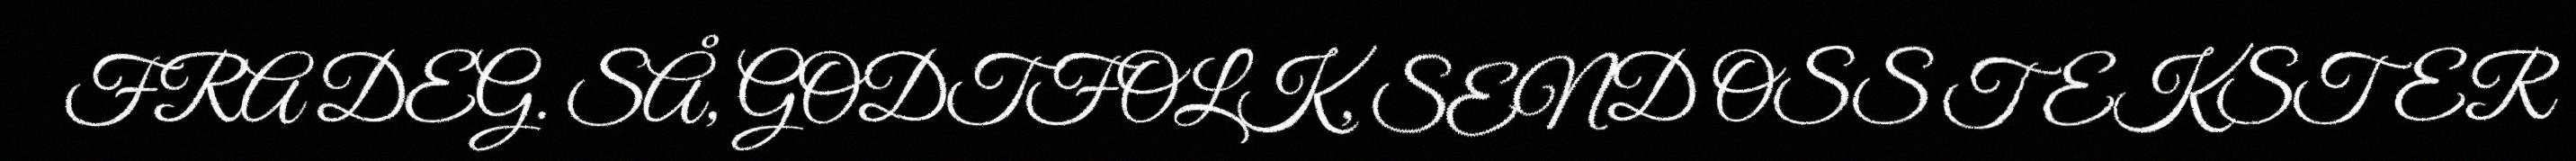
FRA DEG. SÅ, GODTFOLK, SEND OSS TEKSTER